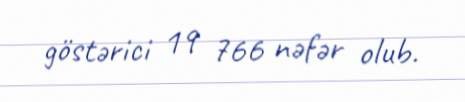
göstərici 19 766 nəfər olub.